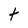
Character: t